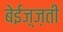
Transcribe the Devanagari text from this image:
बेईज़्ज़ती